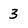
Character: 3